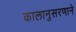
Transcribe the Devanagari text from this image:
कालानुसरणाने